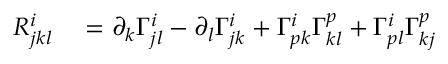
\begin{array} { r l } { R _ { j k l } ^ { i } } & { { } = \partial _ { k } \Gamma _ { j l } ^ { i } - \partial _ { l } \Gamma _ { j k } ^ { i } + \Gamma _ { p k } ^ { i } \Gamma _ { k l } ^ { p } + \Gamma _ { p l } ^ { i } \Gamma _ { k j } ^ { p } } \end{array}